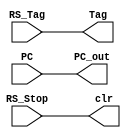
module Flow_Control (
    //From RS
    input wire RS_Stop,
    input wire  [3:0] RS_Tag,
    input wire [31:0] PC,
    //Public
    output wire  clr,

    //TO Processor
    output wire [31:0] PC_out,
    //TO ROB
    output wire  [3:0] Tag
);
assign  clr=RS_Stop;
assign  Tag=RS_Tag;
assign  PC_out=PC;
endmodule